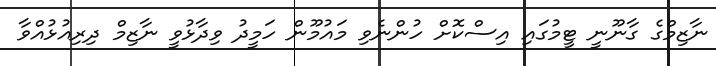
ނާޒިމްގެ ގާނޫނީ ޓީމުގައި އިސްކޮށް ހުންނެވި މައުމޫން ހަމީދު ވިދާޅުވީ ނާޒިމް ދިރިއުޅުއްވާ